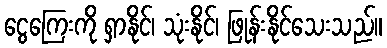
ငွေကြေးကို ရှာနိုင်၊ သုံးနိုင်၊ ဖြုန်းနိုင်သေးသည်။